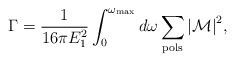
LaTeX: \begin{align*}\Gamma={1\over 16\pi E_1^2}\int_0^{\omega_{\rm max}}d\omega\sum_{\rm pols}{\vert {\cal M}\vert}^2,\end{align*}